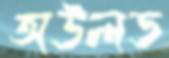
অউলড